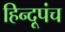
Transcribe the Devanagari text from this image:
हिन्दूपंच